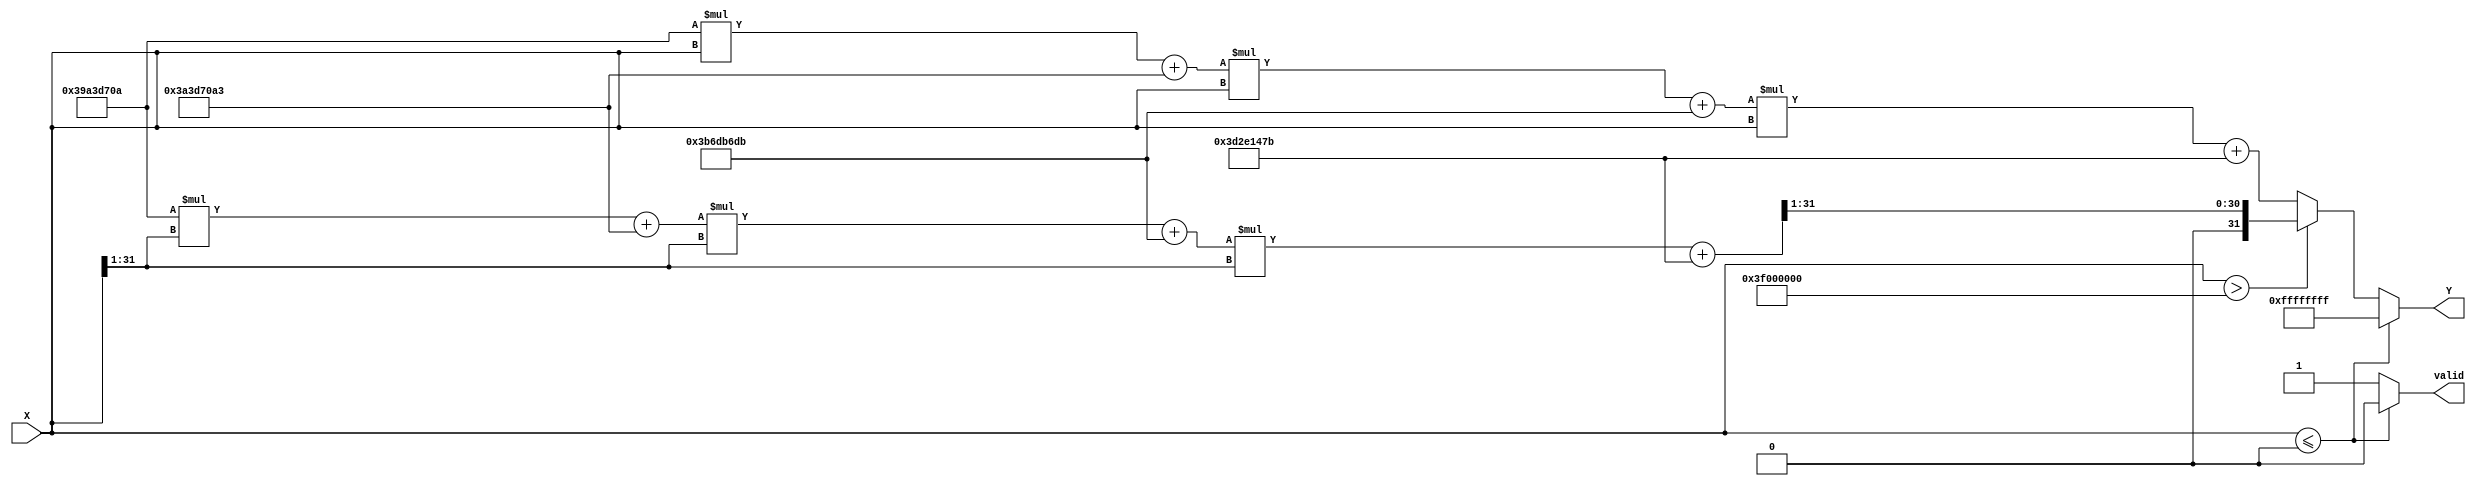
module PolynomialApproximationReciprocal (
    input wire [31:0] X,          // Input value (32-bit fixed-point)
    output reg [31:0] Y,          // Output reciprocal (32-bit fixed-point)
    output reg valid               // Output valid signal
);
    // Polynomial coefficients for approximation of 1/x in the range [0.5, 1.0]
    parameter [31:0] a0 = 32'h3D2E147B; // Coefficient for x^0 (approximation)
    parameter [31:0] a1 = 32'h3B6DB6DB; // Coefficient for x^1
    parameter [31:0] a2 = 32'h3A3D70A3; // Coefficient for x^2
    parameter [31:0] a3 = 32'h39A3D70A; // Coefficient for x^3

    // Normalization factor
    parameter [31:0] normalization_factor = 32'h3F000000; // This is 1.0 in fixed-point

    reg [31:0] normalized_X;
    reg [31:0] polynomial_result;

    // Input validation
    always @(*) begin
        if (X <= 32'h00000000) begin // Check for invalid input (<= 0)
            Y = 32'hFFFFFFFF; // Indicate error (could also define a specific value)
            valid = 1'b0;
        end else if (X > normalization_factor) begin
            // Scale down to the range [0.5, 1.0]
            normalized_X = X >> 1; // Divide by 2
            // Compute polynomial approximation
            polynomial_result = (((a3 * normalized_X + a2) * normalized_X + a1) * normalized_X + a0);
            // Scale the result back
            Y = polynomial_result >> 1; // Multiply by 1/2 (scaling back)
            valid = 1'b1;
        end else begin
            // Directly use the polynomial for inputs in the range [0.5, 1.0]
            normalized_X = X;
            polynomial_result = (((a3 * normalized_X + a2) * normalized_X + a1) * normalized_X + a0);
            Y = polynomial_result; // No scaling needed
            valid = 1'b1;
        end
    end

endmodule